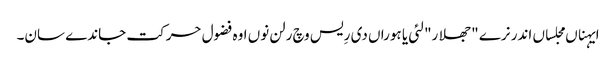
ایہناں مجلساں اندر نرے "جھلار" لئی یا ہوراں دی رِیس وچ رلن نوں اوہ فضول حرکت جاندے سان۔